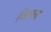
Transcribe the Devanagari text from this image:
चिरडला